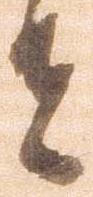
者